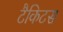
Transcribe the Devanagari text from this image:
टैकिटस